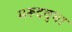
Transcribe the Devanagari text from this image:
मरूदवृधा